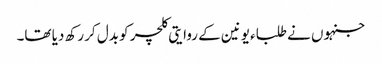
جنہوں نے طلباء یونین کے روایتی کلچر کو بدل کر رکھ دیا تھا۔